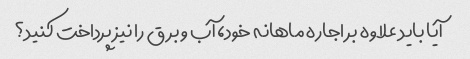
آیا باید علاوه بر اجاره ماهانه خود، آب و برق را نیز پرداخت کنید؟